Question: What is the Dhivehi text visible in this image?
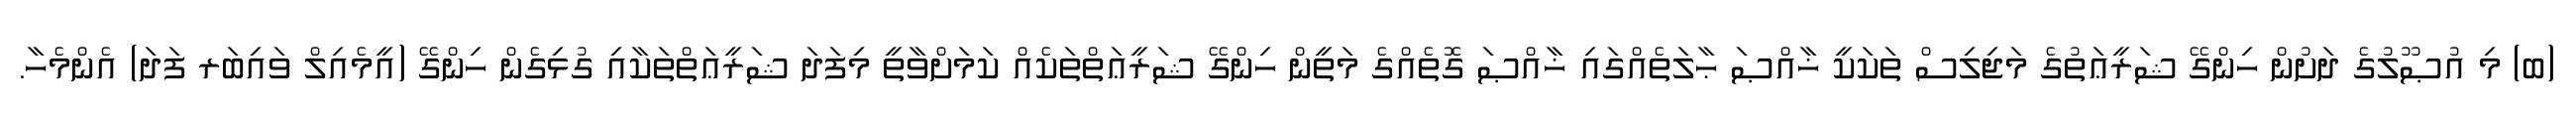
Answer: (ބ) މި އުޞޫލުގެ ދަށުން ހިންގޭ ޝަރީޢަތުގެ މަޖިލިސް ތަކަކީ ޚާއްޞަ ޙާލަތެއްގައި ޚާއްޞަ ގޮތެއްގެ މަތީން ހިންގޭ ޝަރީޢަތްތަކެއް ކަމަށްވާތީ މިފަދަ ޝަރީޢަތްތަކާއި ގުޅިގެން ހިންގޭ (އީމެއިލް ވައިބަރ ފަދަ) އެންމެހާ.